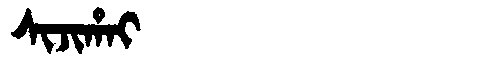
Manchu: ᠰᡳᠵᡳᡥᠠᡳ
Romanization: SIJIHAI